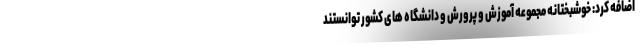
اضافه کرد: خوشبختانه مجموعه آموزش و پرورش و دانشگاه های کشور توانستند